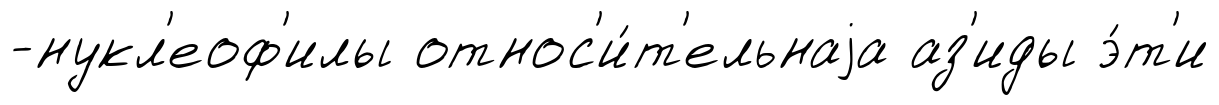
-нукл'еоф'илы относ'и́т'ельнаjа аз'иды э́т'и